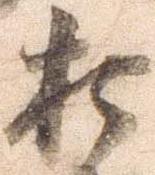
打